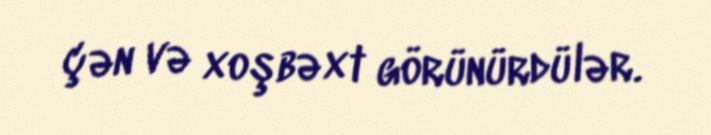
çən və xoşbəxt görünürdülər.